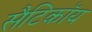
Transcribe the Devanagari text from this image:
सैटिकॉय